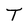
Character: T